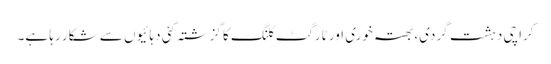
کراچی دہشت گردی، بھتہ خوری اور ٹارگٹ کلنگ کا گزشتہ کئی دہائیوں سے شکار رہا ہے۔